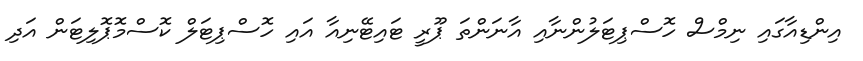
އިންޑިއާގައި ނިމްސް ހޮސްޕިޓަލުންނާއި އާނަންތަ ޕޫރީ ޓައިޓޭނިއާ އައި ހޮސްޕިޓަލް ކޮސްމޮޕޮލިޓަން އަދި